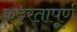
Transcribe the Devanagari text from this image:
कट्टरतापूर्ण